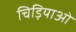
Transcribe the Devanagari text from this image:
चिड़ियाओं